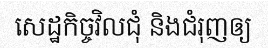
សេដ្ឋកិច្ចវិលជុំ និងជំរុញឲ្យ